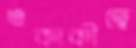
একাকীত্বে